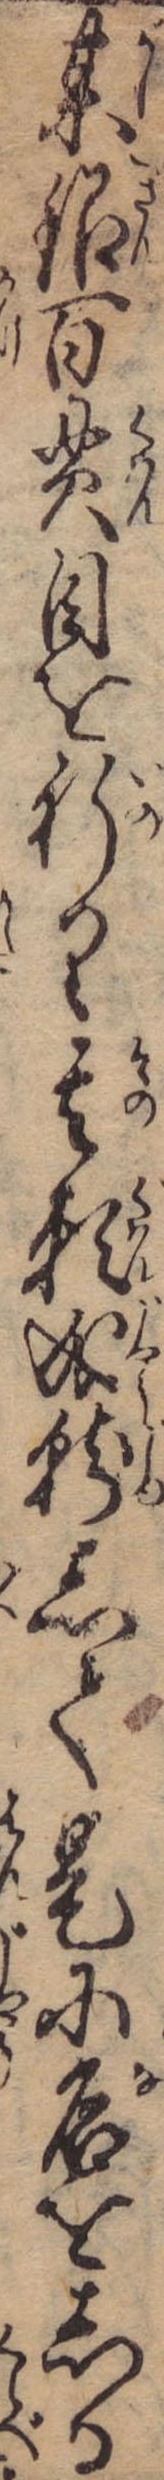
某銀百貫目を祈り其願成就して是に名をしる